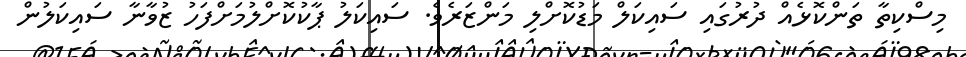
މިސްކިތާ ތަންކޮޅެއް ދުރުގައި ސައިކަލް މަޑުކޮށްލި މަންޒަރެވެ. ސައިކަލު ޕާކުކޮށްލުމަށްފަހު ޒުވާނާ ސައިކަލުން